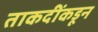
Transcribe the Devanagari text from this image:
ताकदींकडून